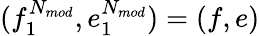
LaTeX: (f_{1}^{N_{mod}},e_{1}^{N_{mod}})=(f,e)